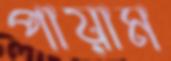
পায়াম